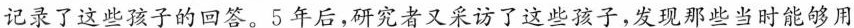
记录了这些孩子的回答。5年后，研究者又采访了这些孩子，发现那些当时能够用